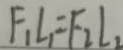
F _ { 1 } L _ { 1 } = F _ { 2 } l _ { 2 }